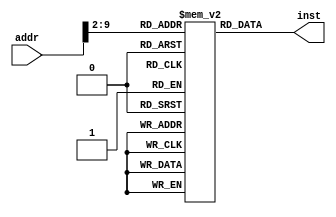
module rom(
	input wire[31:0] addr,
	output wire[31:0] inst
);

	reg[31:0] data[0:255];

	assign inst = data[addr[9:2]];
endmodule